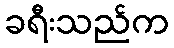
ခရီးသည်က